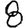
Digit: 8